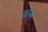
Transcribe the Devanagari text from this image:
नालम